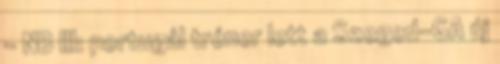
- NB III: portugál tréner lett a Szeged-GA új